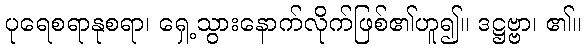
ပုရေစရာနုစရာ၊ ရှေ့သွားနောက်လိုက်ဖြစ်၏ဟူ၍။ ဒဋ္ဌဗ္ဗာ၊ ၏။